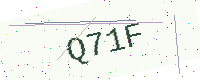
Text: Q71F